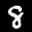
Label: 8